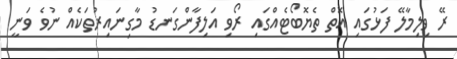
ރޭ ވިލިމާލޭ ފަޅުގައި އޮތް ތެޔޮބޯޓެއްގައި ރޯވި އަލިފާންގަނޑު މާގިނައިރުތަކެއް ނުވެ ވަނީ